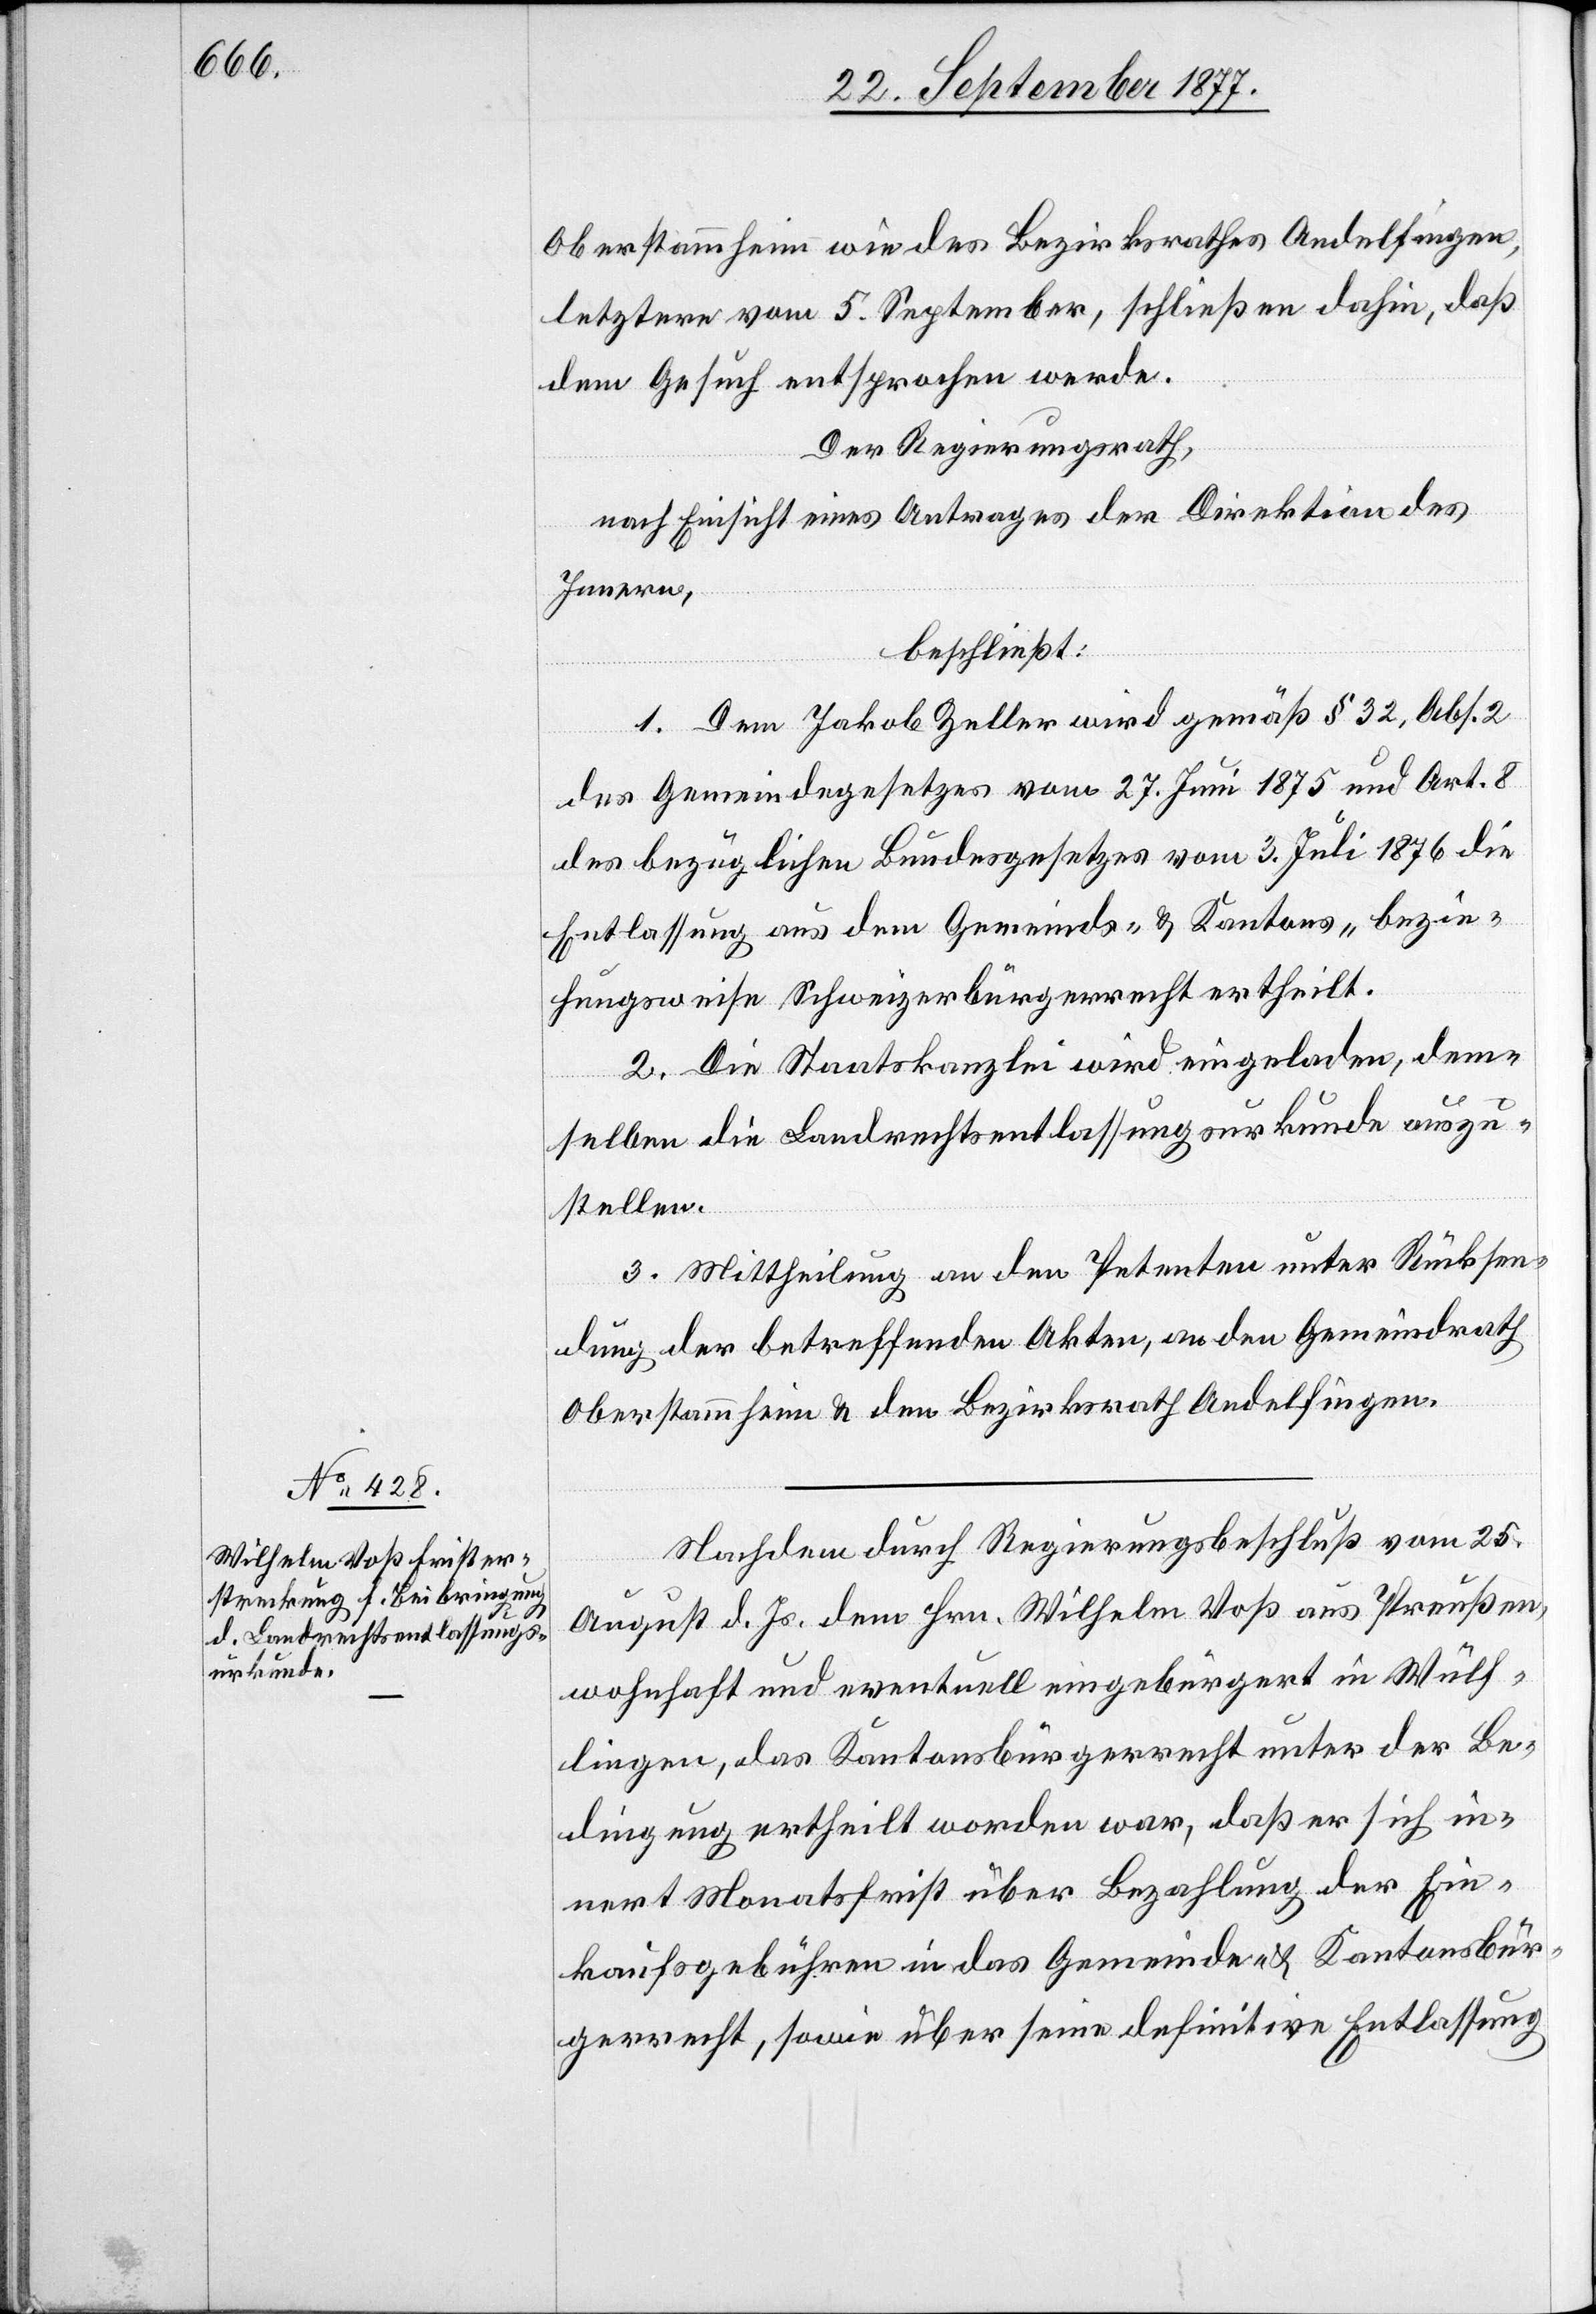
Oberstammheim wie des Bezirksrathes Andelfingen,
letztere vom 5. September, schließen dahin, daß
dem Gesuch entsprochen werde.
Der Regierungsrath,
nach Einsicht eines Antrages der Direktion des
Innern,
beschließt:
1. Dem Jakob Zeller wird gemäß § 32, Abs. 2
des Gemeindegesetzes vom 27. Juni 1875 und Art. 8
des bezüglichen Bundesgesetzes vom 3. Juli 1876 die
Entlassung aus dem Gemeinds- & Kantons- bezie¬
hungsweise Schweizerbürgerrecht ertheilt.
2. Die Staatskanzlei wird eingeladen, dem¬
selben die Landrechtsentlassungsurkunde auszu¬
stellen.
3. Mittheilung an den Petenten unter Rücksen¬
dung der betreffenden Akten, an den Gemeindrath
Oberstammheim & den Bezirksrath Andelfingen.
Nachdem durch Regierungsbeschluß vom 25.
August d. Js. dem Hrn. Wilhelm Voß aus Preußen,
wohnhaft und eventuell eingebürgert in Wülf¬
lingen, das Kantonsbürgerrecht unter der Be¬
dingung ertheilt worden war, daß er sich in¬
nert Monatsfrist über Bezahlung der Ein¬
kaufsgebühren in das Gemeinde- & Kantonsbür¬
gerrecht, sowie über seine definitive Entlassung